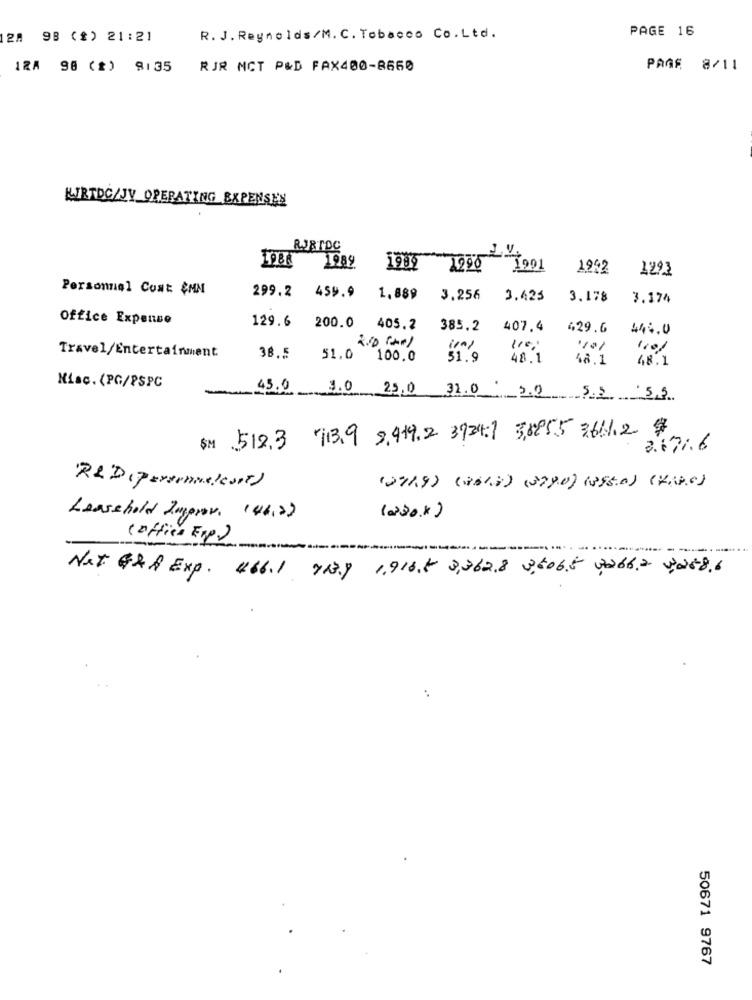
PAGE 16
2. 98 (%) 21:21
R. J. Reynolds/M.C. Tobacco Co.Ltd.
12A 98 (2) 9135
RJR MCT P&D FAX400-8660
PAGE 8/11
KURTDC/JY OPERATING EXPENSES
IDEA 1989
1989 1998 1001
1942
1293
Personnel Cost $MM
299.2 459.9
1.889
3.256
3.423
3.178
3.174
Office Expense
129.6 200.0 405.2
385.2
407.4
429.6
444.0
110;
110/
Travel/Entertainment
38.5
51.0 100.0
51.9
48.1
48.1
48.1
Hisc. (PG/PSPC
42.0
1.0 25.0 32.0 5.0 5.5 5.3
SM 512.3 713.9 9.919.2 3934:1 3,8855 36.1.2 $
3.1716
(271.9) (2014) (2790) (255.0) (4680)
Leasshold Zugprov. (46,2)
(a)30.x )
(office Erp)
---
Net G&A Exp. 466.1 73.9 1,916.5 3,362.8 3,606.5 a662 4,2586
..
50671 9767